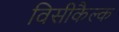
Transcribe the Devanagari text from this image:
विसीकैल्क